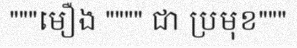
"""មឿង """" ជា ប្រមុខ"""